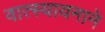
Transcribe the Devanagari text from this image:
वात्स्यायनाने